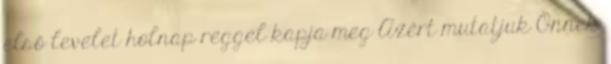
első levelet holnap reggel kapja meg Azért mutatjuk Önnek